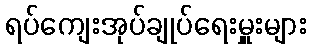
ရပ်ကျေးအုပ်ချုပ်ရေးမှူးများ